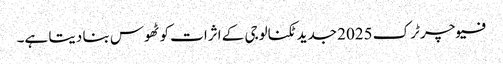
فیوچر ٹرک 2025 جدید ٹکنالوجی کے اثرات کو ٹھوس بنا دیتا ہے۔